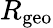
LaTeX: R_{\mathrm{geo}}